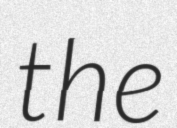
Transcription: the